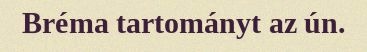
Bréma tartományt az ún.